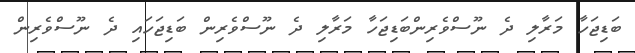
ބަޑިޖަހާ މަރާލި ދެ ނޫސްވެރިންބަޑިޖަހާ މަރާލި ދެ ނޫސްވެރިން ބަޑިޖަހައި ދެ ނޫސްވެރިން